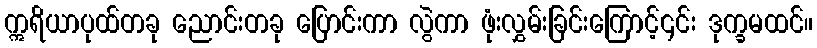
ဣရိယာပုထ်တခု ညောင်းတခု ပြောင်းကာ လွဲကာ ဖုံးလွှမ်းခြင်းကြောင့်၎င်း ဒုက္ခမထင်။